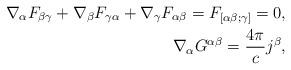
LaTeX: \begin{align*}\nabla_{{\alpha}} F_{{\beta}{\gamma}}+ \nabla_{{\beta}}F_{{\gamma}{\alpha}}+\nabla_{{\gamma}} F_{{\alpha}{\beta}} = F_{[\alpha \beta ; \gamma]} = 0,\\\nabla_{{\alpha}} G^{{\alpha}{\beta}}=\frac{4 \pi}{c}j^{{\beta}},\end{align*}